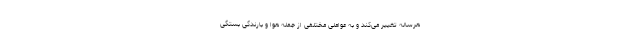
هرساله تغییر می‌کند و به عواملی مختلفی از جمله هوا و بارندگی بستگی